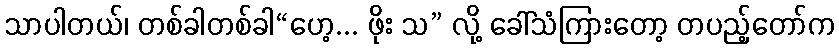
သာပါတယ်၊ တစ်ခါတစ်ခါ“ဟေ့... ဖိုး သ” လို့ ခေါ်သံကြားတော့ တပည့်တော်က